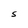
Character: S